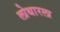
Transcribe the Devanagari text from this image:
लोथारला